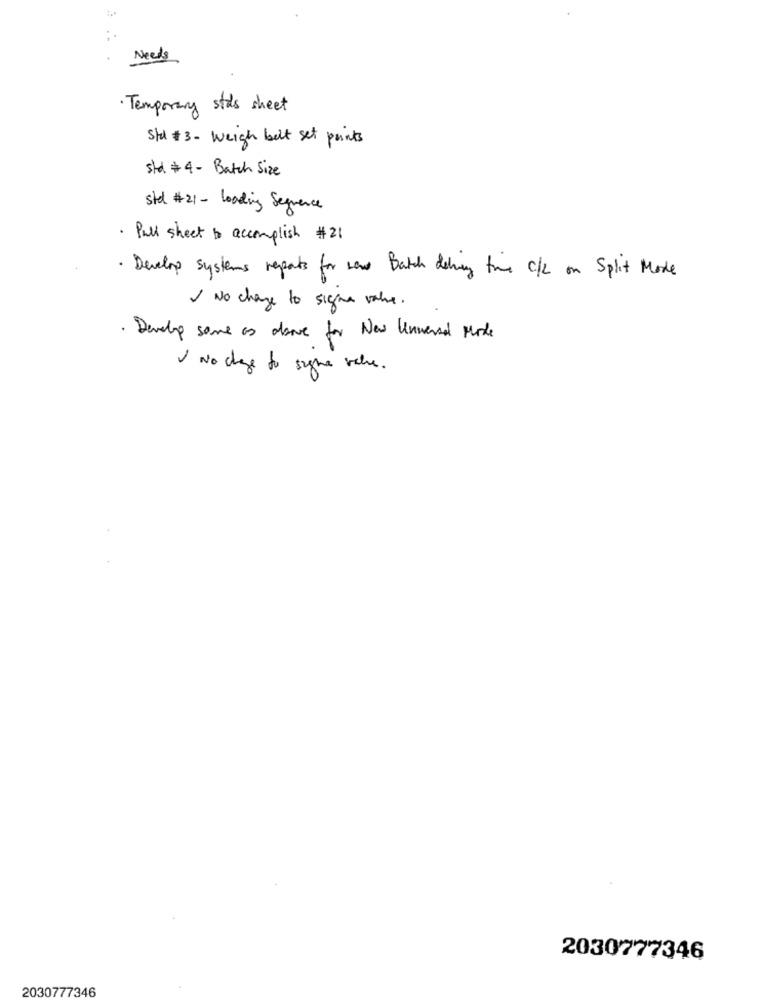
Needs
· Temporary stas sheet
Std # 3 - Weigh belt set points
std # 4 - Batch Size
sted #21 - Loading Sequence
· Pull sheet to accomplish #21
· Develop systems reports for sow Batch dewey the C/L on Split Mode
I No change to signe value.
Develop some as above for New Uniwersal Mode
I wo chage to signe value.
2030777346
2030777346